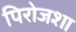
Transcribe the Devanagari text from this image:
पिरोजशा